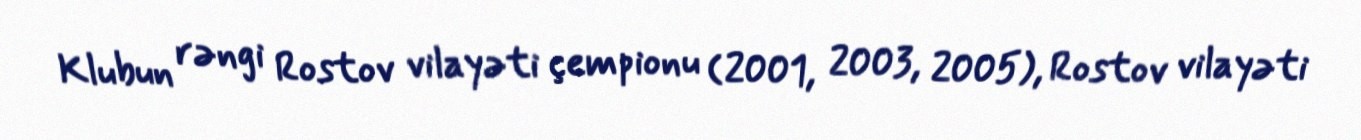
Klubun rəngi Rostov vilayəti çempionu (2001, 2003, 2005), Rostov vilayəti